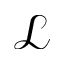
\mathcal { L }